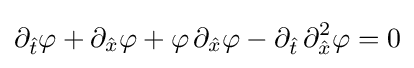
\partial _{\hat {t}}\varphi +\partial _{\hat {x}}\varphi +\varphi \,\partial _{\hat {x}}\varphi -\partial _{\hat {t}}\,\partial _{\hat {x}}^{2}\varphi =0